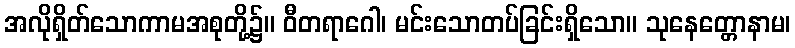
အလိုရှိတ်သောကာမအစုတို့၌။ ဝီတရာဂေါ၊ မင်းသောတပ်ခြင်းရှိသော။ သုနေတ္တောနာမ၊